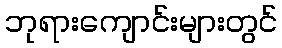
ဘုရားကျောင်းများတွင်